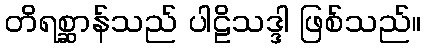
တိရစ္ဆာန်သည် ပါဠိသဒ္ဒါ ဖြစ်သည်။